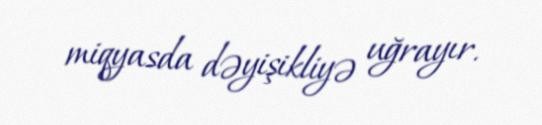
miqyasda dəyişikliyə uğrayır.